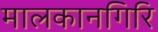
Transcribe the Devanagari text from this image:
मालकानगिरि